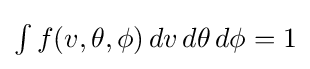
{\textstyle \int f(v,\theta ,\phi )\,dv\,d\theta \,d\phi =1}